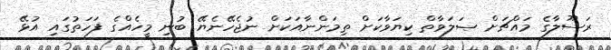
ރަސޫލާގެ މައްޗަށް ޞަލަވާތް ކިޔަވާކަށް ތިމަންނާއަކަށް ނުޖެހޭނެޔޭ ބުނި މީހެއްގެ ފަހަތުގައި އުޅޭ